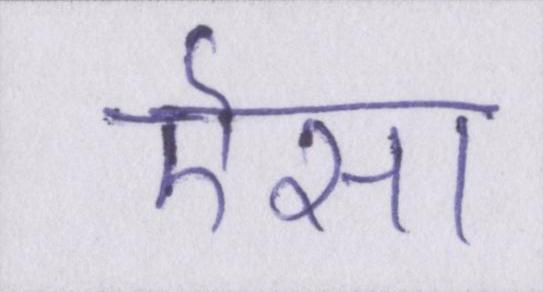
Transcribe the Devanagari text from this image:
ऎसा